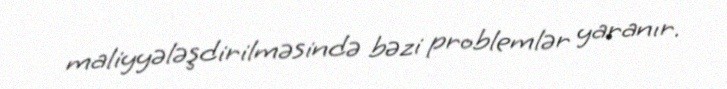
maliyyələşdirilməsində bəzi problemlər yaranır.